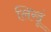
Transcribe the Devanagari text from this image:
लिखूं